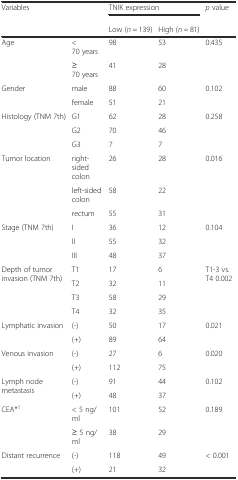
<table><thead><tr><td rowspan="2"><b>Variables</b></td><td rowspan="2"></td><td colspan="2"><b>TNIK expression</b></td><td rowspan="2"><b><i>p</i> value</b></td></tr><tr><td><b>Low (<i>n</i> = 139)</b></td><td><b>High (<i>n</i> = 81)</b></td></tr></thead><tbody><tr><td rowspan="2">Age</td><td>&lt; 70 years</td><td>98</td><td>53</td><td rowspan="2">0.435</td></tr><tr><td>≥ 70 years</td><td>41</td><td>28</td></tr><tr><td rowspan="2">Gender</td><td>male</td><td>88</td><td>60</td><td rowspan="2">0.102</td></tr><tr><td>female</td><td>51</td><td>21</td></tr><tr><td rowspan="3">Histology (TNM 7th)</td><td>G1</td><td>62</td><td>28</td><td rowspan="3">0.258</td></tr><tr><td>G2</td><td>70</td><td>46</td></tr><tr><td>G3</td><td>7</td><td>7</td></tr><tr><td rowspan="3">Tumor location</td><td>right-sided colon</td><td>26</td><td>28</td><td rowspan="3">0.016</td></tr><tr><td>left-sided colon</td><td>58</td><td>22</td></tr><tr><td>rectum</td><td>55</td><td>31</td></tr><tr><td rowspan="3">Stage (TNM 7th)</td><td>I</td><td>36</td><td>12</td><td rowspan="3">0.104</td></tr><tr><td>II</td><td>55</td><td>32</td></tr><tr><td>III</td><td>48</td><td>37</td></tr><tr><td rowspan="4">Depth of tumor invasion (TNM 7th)</td><td>T1</td><td>17</td><td>6</td><td rowspan="4">T1-3 vs. T4 0.002</td></tr><tr><td>T2</td><td>32</td><td>11</td></tr><tr><td>T3</td><td>58</td><td>29</td></tr><tr><td>T4</td><td>32</td><td>35</td></tr><tr><td rowspan="2">Lymphatic invasion</td><td>(-)</td><td>50</td><td>17</td><td rowspan="2">0.021</td></tr><tr><td>(+)</td><td>89</td><td>64</td></tr><tr><td rowspan="2">Venous invasion</td><td>(-)</td><td>27</td><td>6</td><td rowspan="2">0.020</td></tr><tr><td>(+)</td><td>112</td><td>75</td></tr><tr><td rowspan="2">Lymph node metastasis</td><td>(-)</td><td>91</td><td>44</td><td rowspan="2">0.102</td></tr><tr><td>(+)</td><td>48</td><td>37</td></tr><tr><td rowspan="2">CEA*<sup>1</sup></td><td>&lt; 5 ng/ml</td><td>101</td><td>52</td><td rowspan="2">0.189</td></tr><tr><td>≥ 5 ng/ml</td><td>38</td><td>29</td></tr><tr><td rowspan="2">Distant recurrence</td><td>(-)</td><td>118</td><td>49</td><td rowspan="2">&lt; 0.001</td></tr><tr><td>(+)</td><td>21</td><td>32</td></tr></tbody></table>